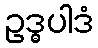
ဥဒ္ဓပါဒံ